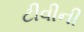
ટીવીની